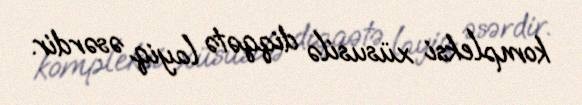
kompleksi xüsusilə diqqətə layiq əsərdir.